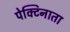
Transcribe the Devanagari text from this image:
पेक्टिनाता